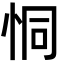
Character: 恫